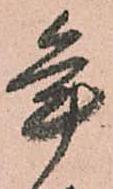
年